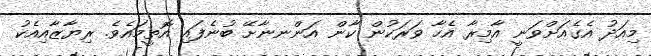
މިއަދު އެގެއަށްވަނީ އާމިރާ އެހާ ވަރަކުން ކާން އަންނނާށޭ ބުނެފައި އޮތީމައެވެ. ރިޔާޒާއިއެކު